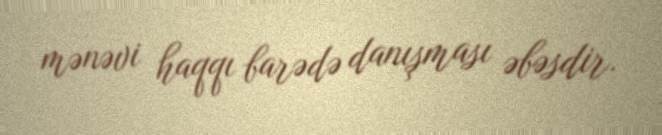
mənəvi haqqı barədə danışması əbəsdir.